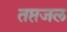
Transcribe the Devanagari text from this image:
तप्तजल